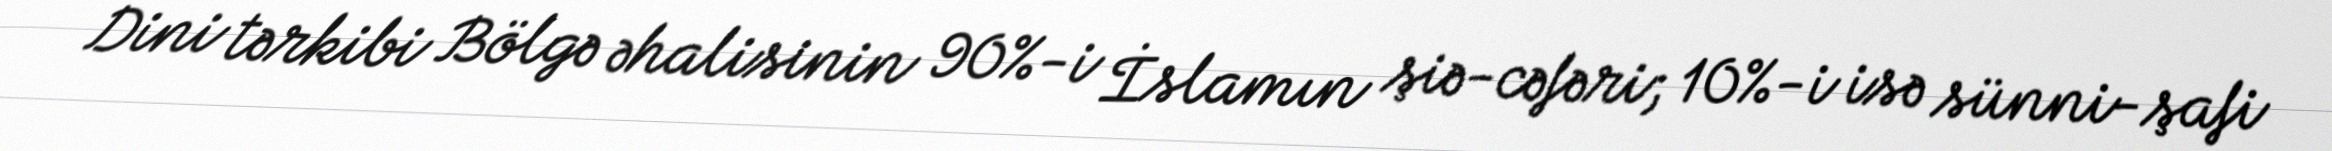
Dini tərkibi Bölgə əhalisinin 90%-i İslamın şiə-cəfəri; 10%-i isə sünni-şafi